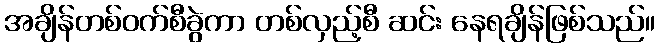
အချိန်တစ်ဝက်စီခွဲကာ တစ်လှည့်စီ ဆင်း နေရချိန်ဖြစ်သည်။